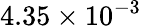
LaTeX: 4.35\times 10^{-3}